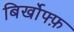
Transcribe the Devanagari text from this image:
बिर्खोफ्फ़